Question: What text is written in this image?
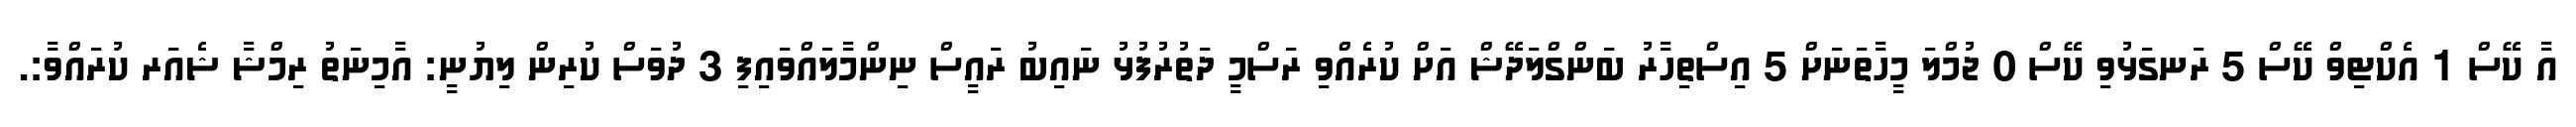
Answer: އާ ކޭސް 1 އެކްޓިވް ކޭސް 5 ރަނގަޅުވި ކޭސް 0 ޖުމްލަ މީހާތަނަށް 5 އިސްތިހާރު ބަންގްލަދޭޝް އަށް ކުރެއްވި ރަސްމީ ދަތުރުފުޅު ނައިބު ރައީސް ނިންމާލައްވައިފި 3 ދުވަސް ކުރިން ލިޔުނީ: އާމިނަތު ރިމްޝާ ޝެއަރ ކުރައްވާ:.